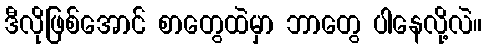
ဒီလိုဖြစ်အောင် စာတွေထဲမှာ ဘာတွေ ပါနေလို့လဲ။